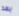
بعد